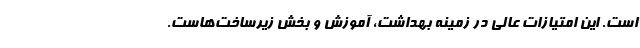
است. این امتیازات عالی در زمینه بهداشت، آموزش و بخش زیرساخت‌هاست.